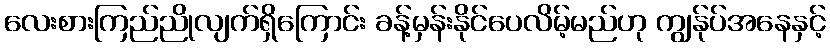
လေးစားကြည်ညိုလျက်ရှိကြောင်း ခန့်မှန်းနိုင်ပေလိမ့်မည်ဟု ကျွန်ုပ်အနေနှင့်